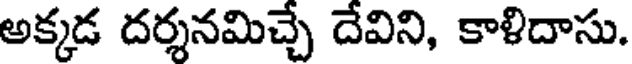
అక్కడ దర్శనమిచ్చే దేవిని, కాళిదాసు.